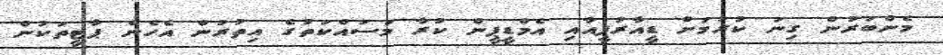
މެންބަރުން ގިނަ ކުރުމަށް ޑީއާރުޕީއާއި އެމްޑީޕީން ކުރާ މަސައްކަތުގެ އިތުރުން އެހެން ޕާޓީތަކުން